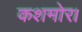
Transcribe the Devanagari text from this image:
कशमोर।